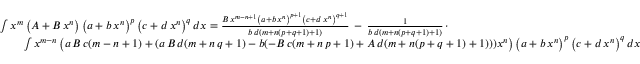
{ \begin{array} { r l } & { \int x ^ { m } \left( A + B \, x ^ { n } \right) \left( a + b \, x ^ { n } \right) ^ { p } \left( c + d \, x ^ { n } \right) ^ { q } d x = { \frac { B \, x ^ { m - n + 1 } \left( a + b \, x ^ { n } \right) ^ { p + 1 } \left( c + d \, x ^ { n } \right) ^ { q + 1 } } { b \, d ( m + n ( p + q + 1 ) + 1 ) } } \, - \, { \frac { 1 } { b \, d ( m + n ( p + q + 1 ) + 1 ) } } \, \cdot } \\ & { \qquad \int x ^ { m - n } \left( a \, B \, c ( m - n + 1 ) + ( a \, B \, d ( m + n \, q + 1 ) - b ( - B \, c ( m + n \, p + 1 ) + A \, d ( m + n ( p + q + 1 ) + 1 ) ) ) x ^ { n } \right) \left( a + b \, x ^ { n } \right) ^ { p } \left( c + d \, x ^ { n } \right) ^ { q } d x } \end{array} }